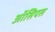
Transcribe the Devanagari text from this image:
ऑसिपस